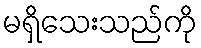
မရှိသေးသည်ကို